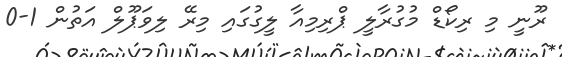
ރޫނީ މި ރިކޯޑް މުގުރާލީ ޕްރިމިއާ ލީގުގައި މިރޭ ލިވަޕޫލް އަތުން 1-0